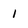
Character: 1